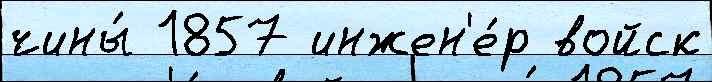
чины́ 1857 инжен'е́р войск